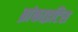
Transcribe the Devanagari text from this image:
ब्रांकाइटिस